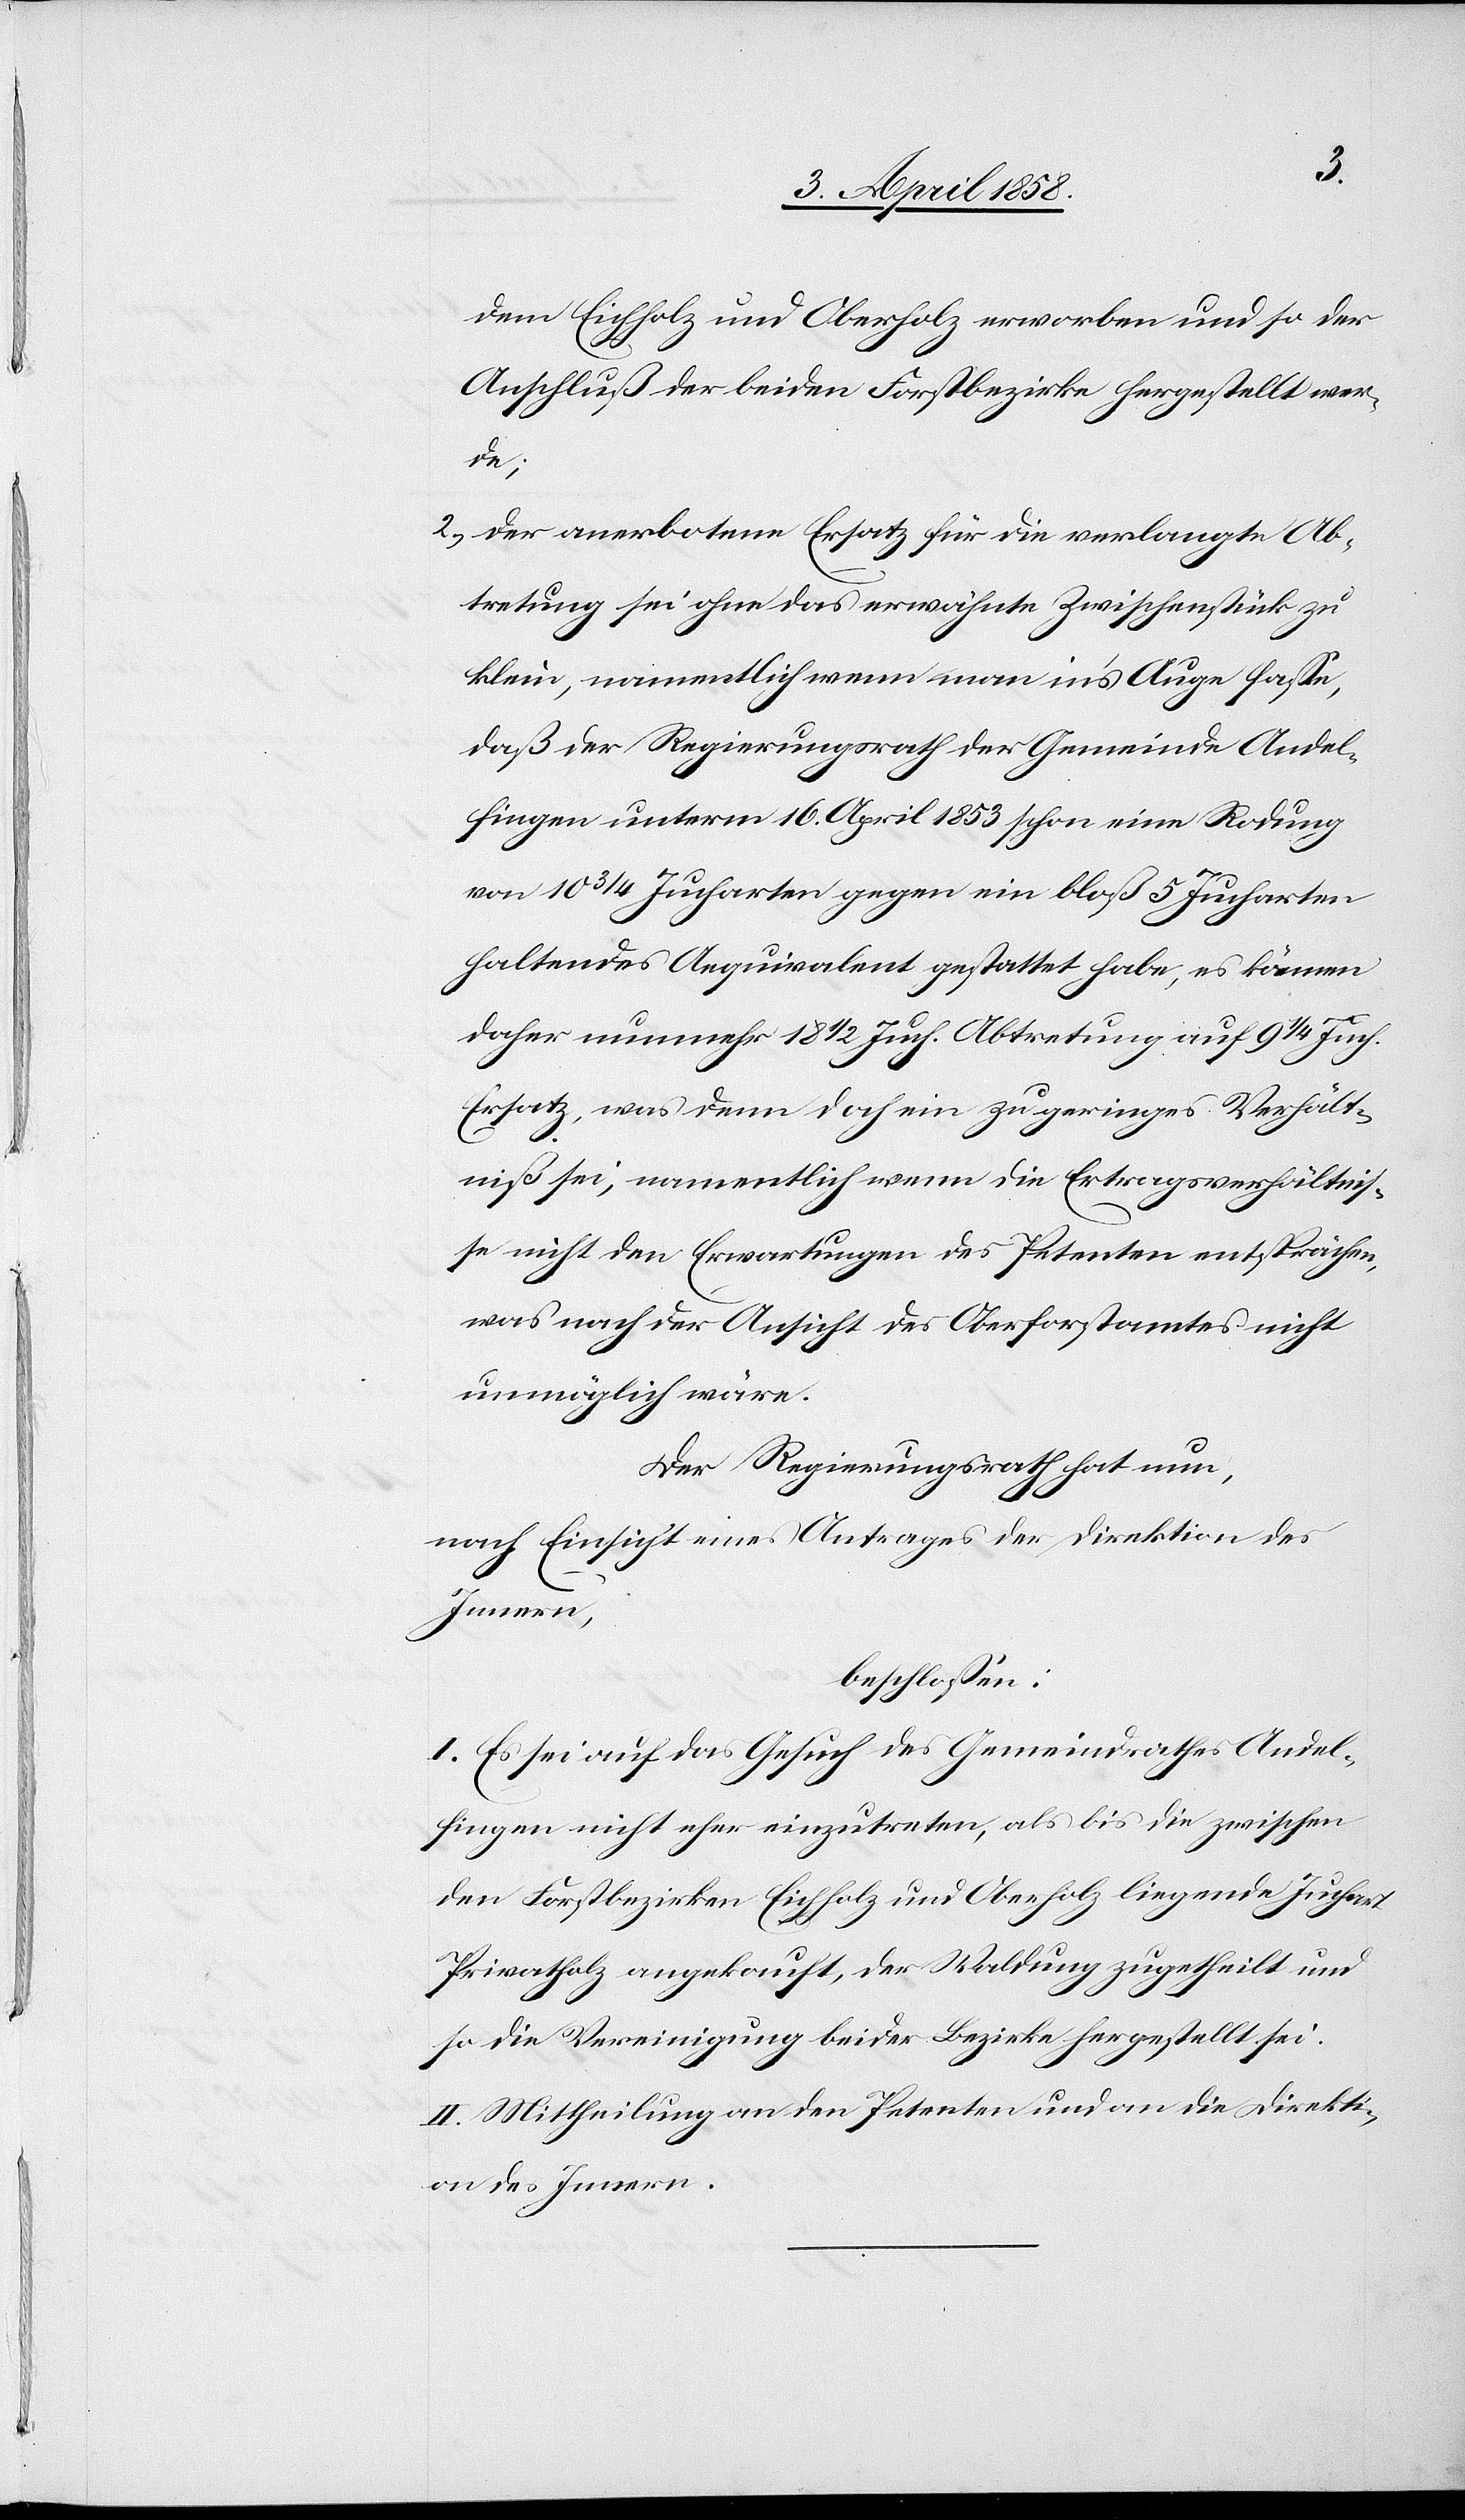
dem Eichholz und Oberholz erworben und so der
Anschluß der beiden Forstbezirke hergestellt wer¬
de;
2) der anerbotene Ersatz für die verlangte Ab¬
tretung sei ohne das erwähnte Zwischenstück zu
klein, namentlich wenn man in’s Auge fasse,
daß der Regierungsrath der Gemeinde Andel¬
fingen unterm 16. April 1853 schon eine Rodung
von 10 3/4 Jucharten gegen ein bloß 5 Jucharten
haltendes Aequivalent gestattet habe, es können
daher nunmehr 18 1/2 Juch. Abtretung auf 9 1/4 Juch.
Ersatz, was denn doch ein zu geringes Verhält¬
niß sei, namentlich wenn die Ertragsverhältnis¬
se nicht den Erwartungen des Petenten entsprächen,
was nach der Ansicht des Oberforstamtes nicht
unmöglich wäre.
Der Regierungsrath hat nun,
nach Einsicht eines Antrages der Direktion des
Innern,
beschlossen:
I. Es sei auf das Gesuch des Gemeindrathes Andel¬
fingen nicht eher einzutreten, als bis die zwischen
den Forstbezirken Eichholz und Oberholz liegende Juchart
Privatholz angekauft, der Waldung zugetheilt und
so die Vereinigung beider Bezirke hergestellt sei.
II. Mittheilung an den Petenten und an die Direkti¬
on des Innern.